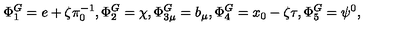
\Phi _ { 1 } ^ { G } = e + \zeta \pi _ { 0 } ^ { - 1 } , \Phi _ { 2 } ^ { G } = \chi , \Phi _ { 3 \mu } ^ { G } = b _ { \mu } , \Phi _ { 4 } ^ { G } = x _ { 0 } - \zeta \tau , \Phi _ { 5 } ^ { G } = \psi ^ { 0 } ,